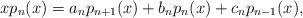
LaTeX: \begin{align*}xp_n(x)=a_np_{n+1}(x)+b_np_n(x)+c_np_{n-1}(x),\end{align*}